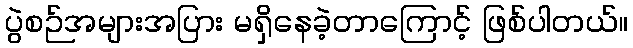
ပွဲစဉ်အများအပြား မရှိနေခဲ့တာကြောင့် ဖြစ်ပါတယ်။